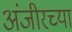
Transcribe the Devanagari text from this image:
अंजीरच्या